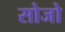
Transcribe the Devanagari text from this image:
सोजो